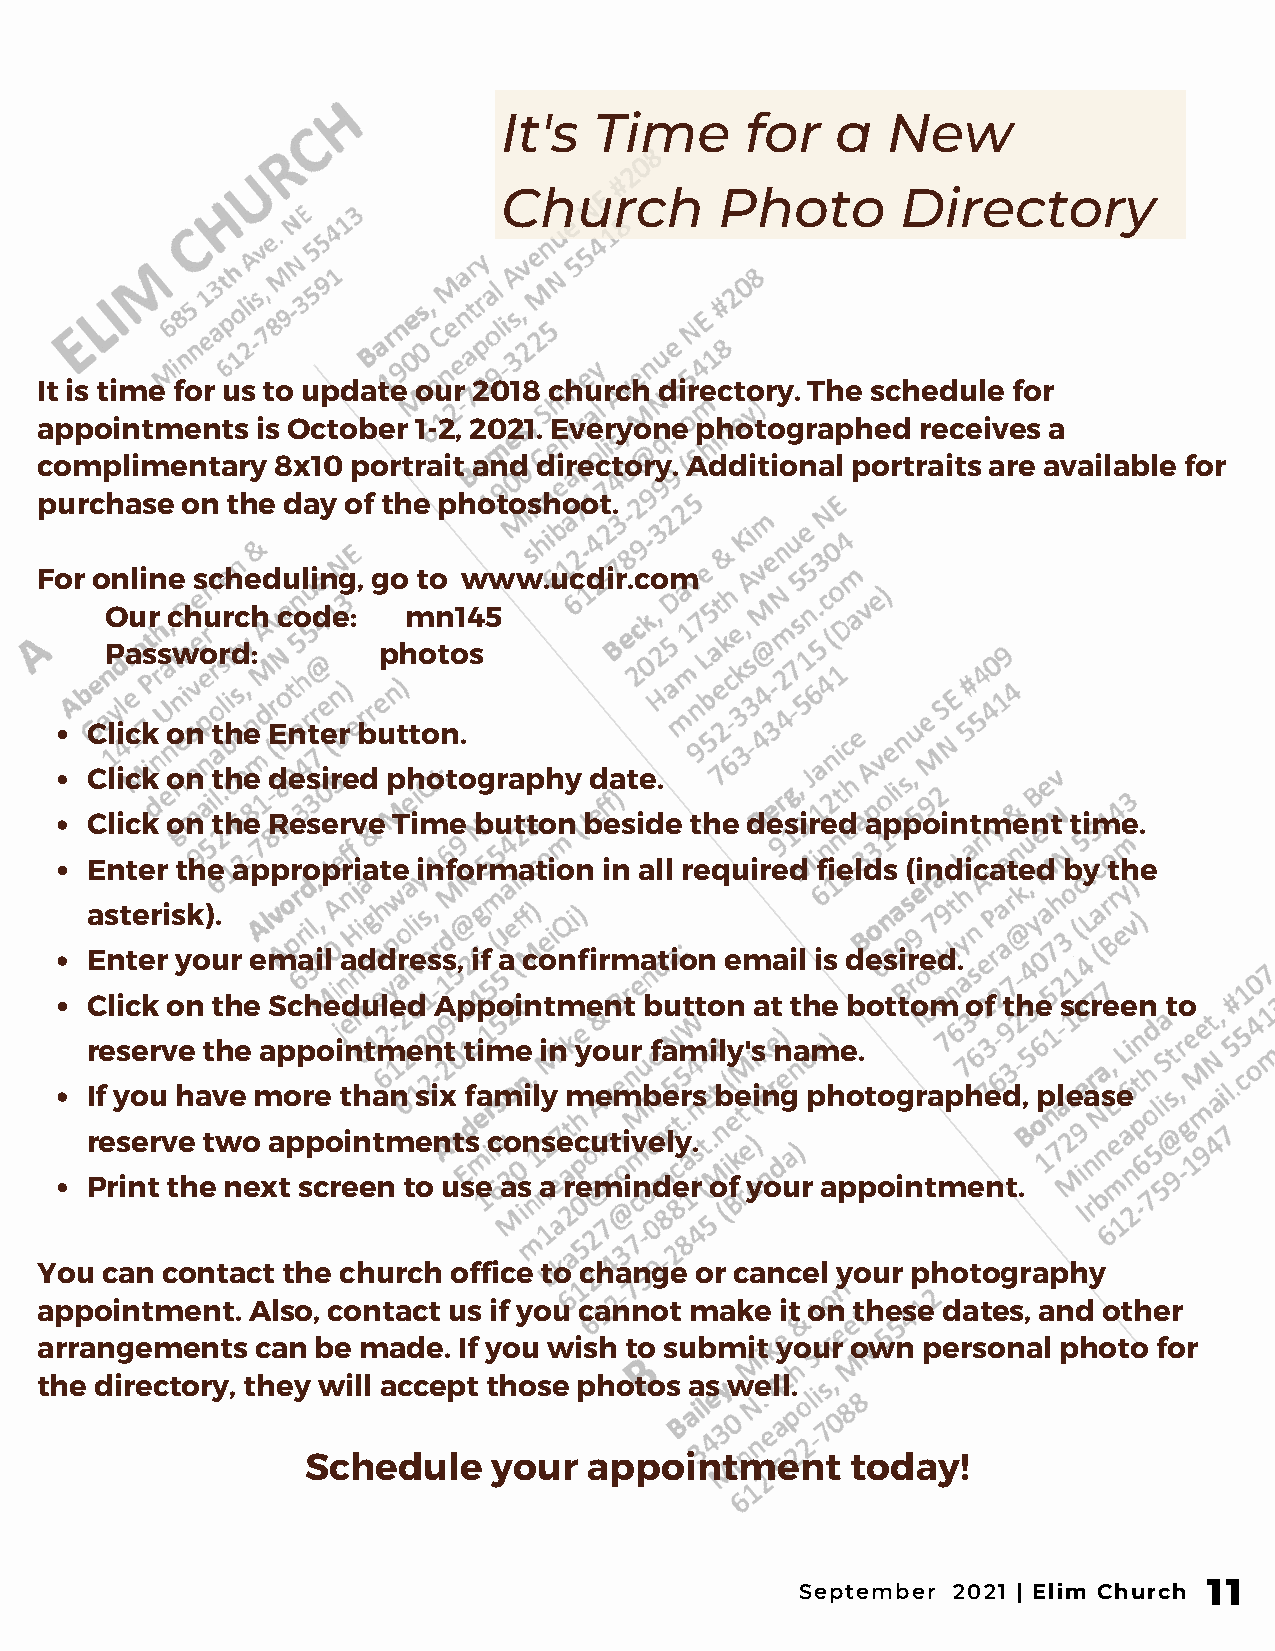
It's  Time      for   a   New
 Church         Photo       Directory
 It is time for us to update our 2018 church directory. The schedule for
 appointments   is October 1-2, 2021. Everyone photographed receives a
 complimentary   8x10 portrait and directory. Additional portraits are available for
 purchase  on the day of the photoshoot.
 For online scheduling, go to www.ucdir.com
 Our church code:    mn145
 Password:         photos
 Click on the Enter button.
 Click on the desired photography date.
 Click on the Reserve Time button beside the desired appointment  time.
 Enter the appropriate information in all required fields (indicated by the
 asterisk).
 Enter your email address, if a confirmation email is desired.
 Click on the Scheduled Appointment   button at the bottom of the screen to
 reserve the appointment  time in your family's name.
 If you have more than six family members being photographed,   please
 reserve two appointments  consecutively.
 Print the next screen to use as a reminder of your appointment.
 You  can contact the church office to change or cancel your photography
 appointment.  Also, contact us if you cannot make it on these dates, and other
 arrangements   can be made. If you wish to submit your own personal photo  for
 the directory, they will accept those photos as well.
 Schedule     your  appointment      today!
 11
 September 2021 | Elim Church